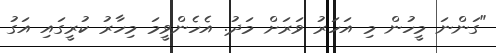
"ގަންނަ މީހުން މި އަހަރު ވަރަށް މަދު. އެހެންވީމަ މިހާރު ކުރީގައި އަގު